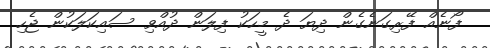
ފޯނެއް ފޭރިގަނެގެން ދިޔަ ދެ މީހަކު ފިލަން ދުއްވި ސައިކަލަކުން ޖެހި